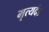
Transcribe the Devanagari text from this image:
मृत्यदंड